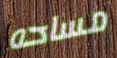
مساحه